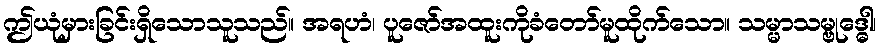
ဤယုံမှားခြင်းရှိသောသူသည်။ အရဟံ၊ ပူဇော်အထူးကိုခံတော်မူထိုက်သော။ သမ္မာသမ္ဗုဒ္ဓေါ၊